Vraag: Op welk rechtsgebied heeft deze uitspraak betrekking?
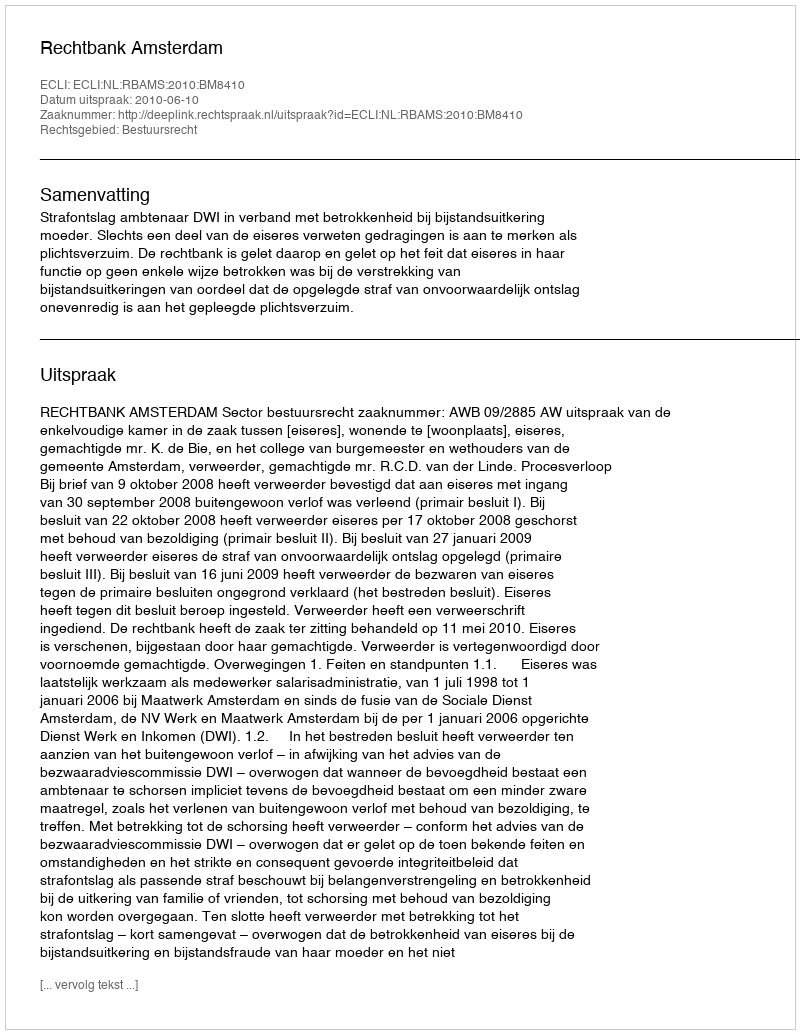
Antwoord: Bestuursrecht